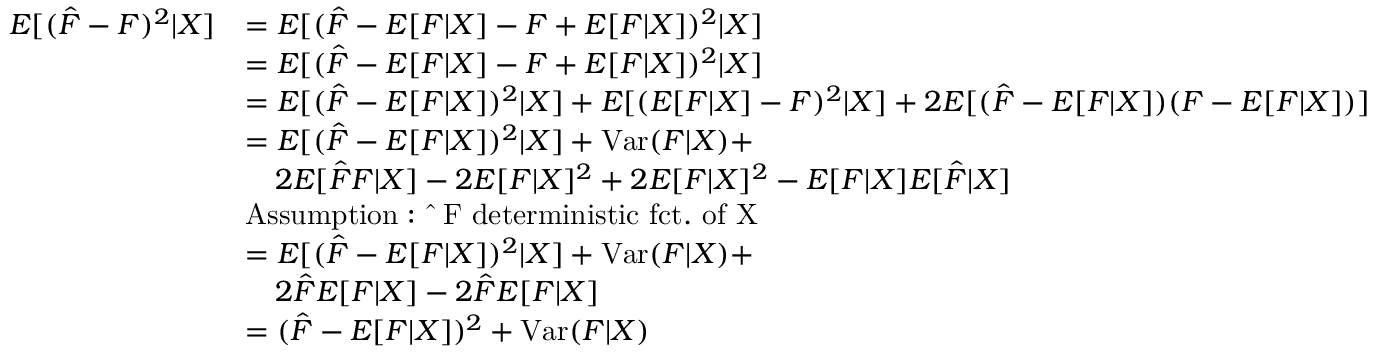
\begin{array} { r l } { E [ ( \hat { F } - F ) ^ { 2 } | X ] } & { = E [ ( \hat { F } - E [ F | X ] - F + E [ F | X ] ) ^ { 2 } | X ] } \\ & { = E [ ( \hat { F } - E [ F | X ] - F + E [ F | X ] ) ^ { 2 } | X ] } \\ & { = E [ ( \hat { F } - E [ F | X ] ) ^ { 2 } | X ] + E [ ( E [ F | X ] - F ) ^ { 2 } | X ] + 2 E [ ( \hat { F } - E [ F | X ] ) ( F - E [ F | X ] ) ] } \\ & { = E [ ( \hat { F } - E [ F | X ] ) ^ { 2 } | X ] + \mathrm { V a r } ( F | X ) + } \\ & { \quad 2 E [ \hat { F } F | X ] - 2 E [ F | X ] ^ { 2 } + 2 E [ F | X ] ^ { 2 } - E [ F | X ] E [ \hat { F } | X ] } \\ & { \mathrm { A s s u m p t i o n : ~ \hat { ~ } F ~ d e t e r m i n i s t i c ~ f c t . ~ o f ~ X ~ } } \\ & { = E [ ( \hat { F } - E [ F | X ] ) ^ { 2 } | X ] + \mathrm { V a r } ( F | X ) + } \\ & { \quad 2 \hat { F } E [ F | X ] - 2 \hat { F } E [ F | X ] } \\ & { = ( \hat { F } - E [ F | X ] ) ^ { 2 } + \mathrm { V a r } ( F | X ) } \end{array}